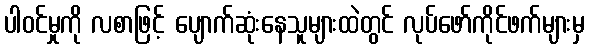
ပါဝင်မှုကို လစာဖြင့် ပျောက်ဆုံးနေသူများထဲတွင် လုပ်ဖော်ကိုင်ဖက်များမှ